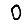
Digit: 0